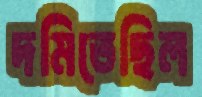
দমিতেছিল